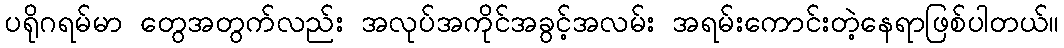
ပရိုဂရမ်မာ တွေအတွက်လည်း အလုပ်အကိုင်အခွင့်အလမ်း အရမ်းကောင်းတဲ့နေရာဖြစ်ပါတယ်။